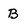
Character: B